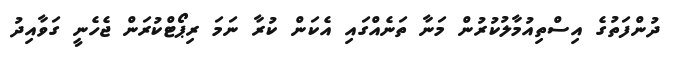
ދުންފަތުގެ އިސްތިއުމާލުކުރުން މަނާ ތަނެއްގައި އެކަން ކުރާ ނަމަ ރިޕޯޓްކުރަން ޖެހެނީ ގަވާއިދު